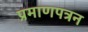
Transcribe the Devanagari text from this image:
प्रमाणपत्रन